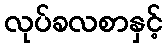
လုပ်ခလစာနှင့်